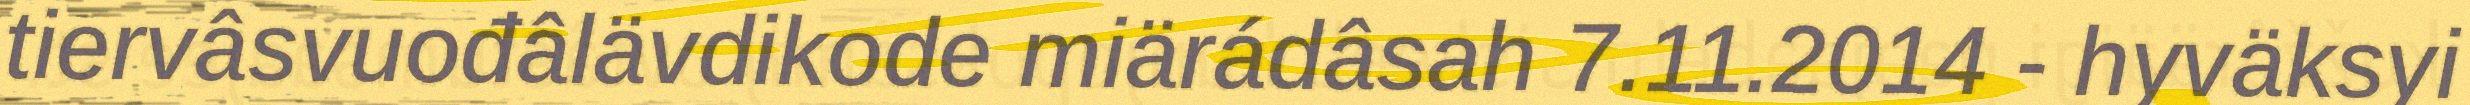
tiervâsvuođâlävdikode miärádâsah 7.11.2014 - hyväksyi